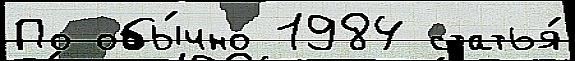
По обы́чно 1984 статья́